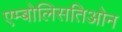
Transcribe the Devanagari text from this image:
एम्बोलिसतिओन